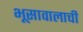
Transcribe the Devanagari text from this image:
भूसावालाची